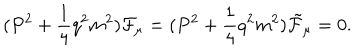
LaTeX: ( P ^ { 2 } + \frac { 1 } { 4 } q ^ { 2 } m ^ { 2 } ) { \cal F } _ { \mu } = ( P ^ { 2 } + \frac { 1 } { 4 } q ^ { 2 } m ^ { 2 } ) { \tilde { \cal F } } _ { \mu } = 0 .